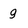
Character: g